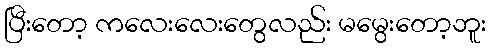
ပြီးတော့ ကလေးလေးတွေလည်း မမွေးတော့ဘူး